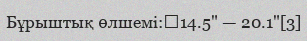
Бұрыштық өлшемі:	14.5" — 20.1"[3]